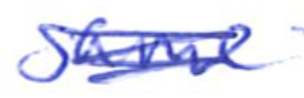
Text: same
Cross-out: scratch
Writing tool: ballpoint